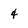
Character: 4